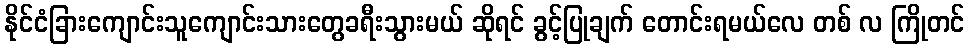
နိုင်ငံခြားကျောင်းသူကျောင်းသားတွေခရီးသွားမယ် ဆိုရင် ခွင့်ပြုချက် တောင်းရမယ်လေ တစ် လ ကြိုတင်